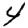
Digit: 4